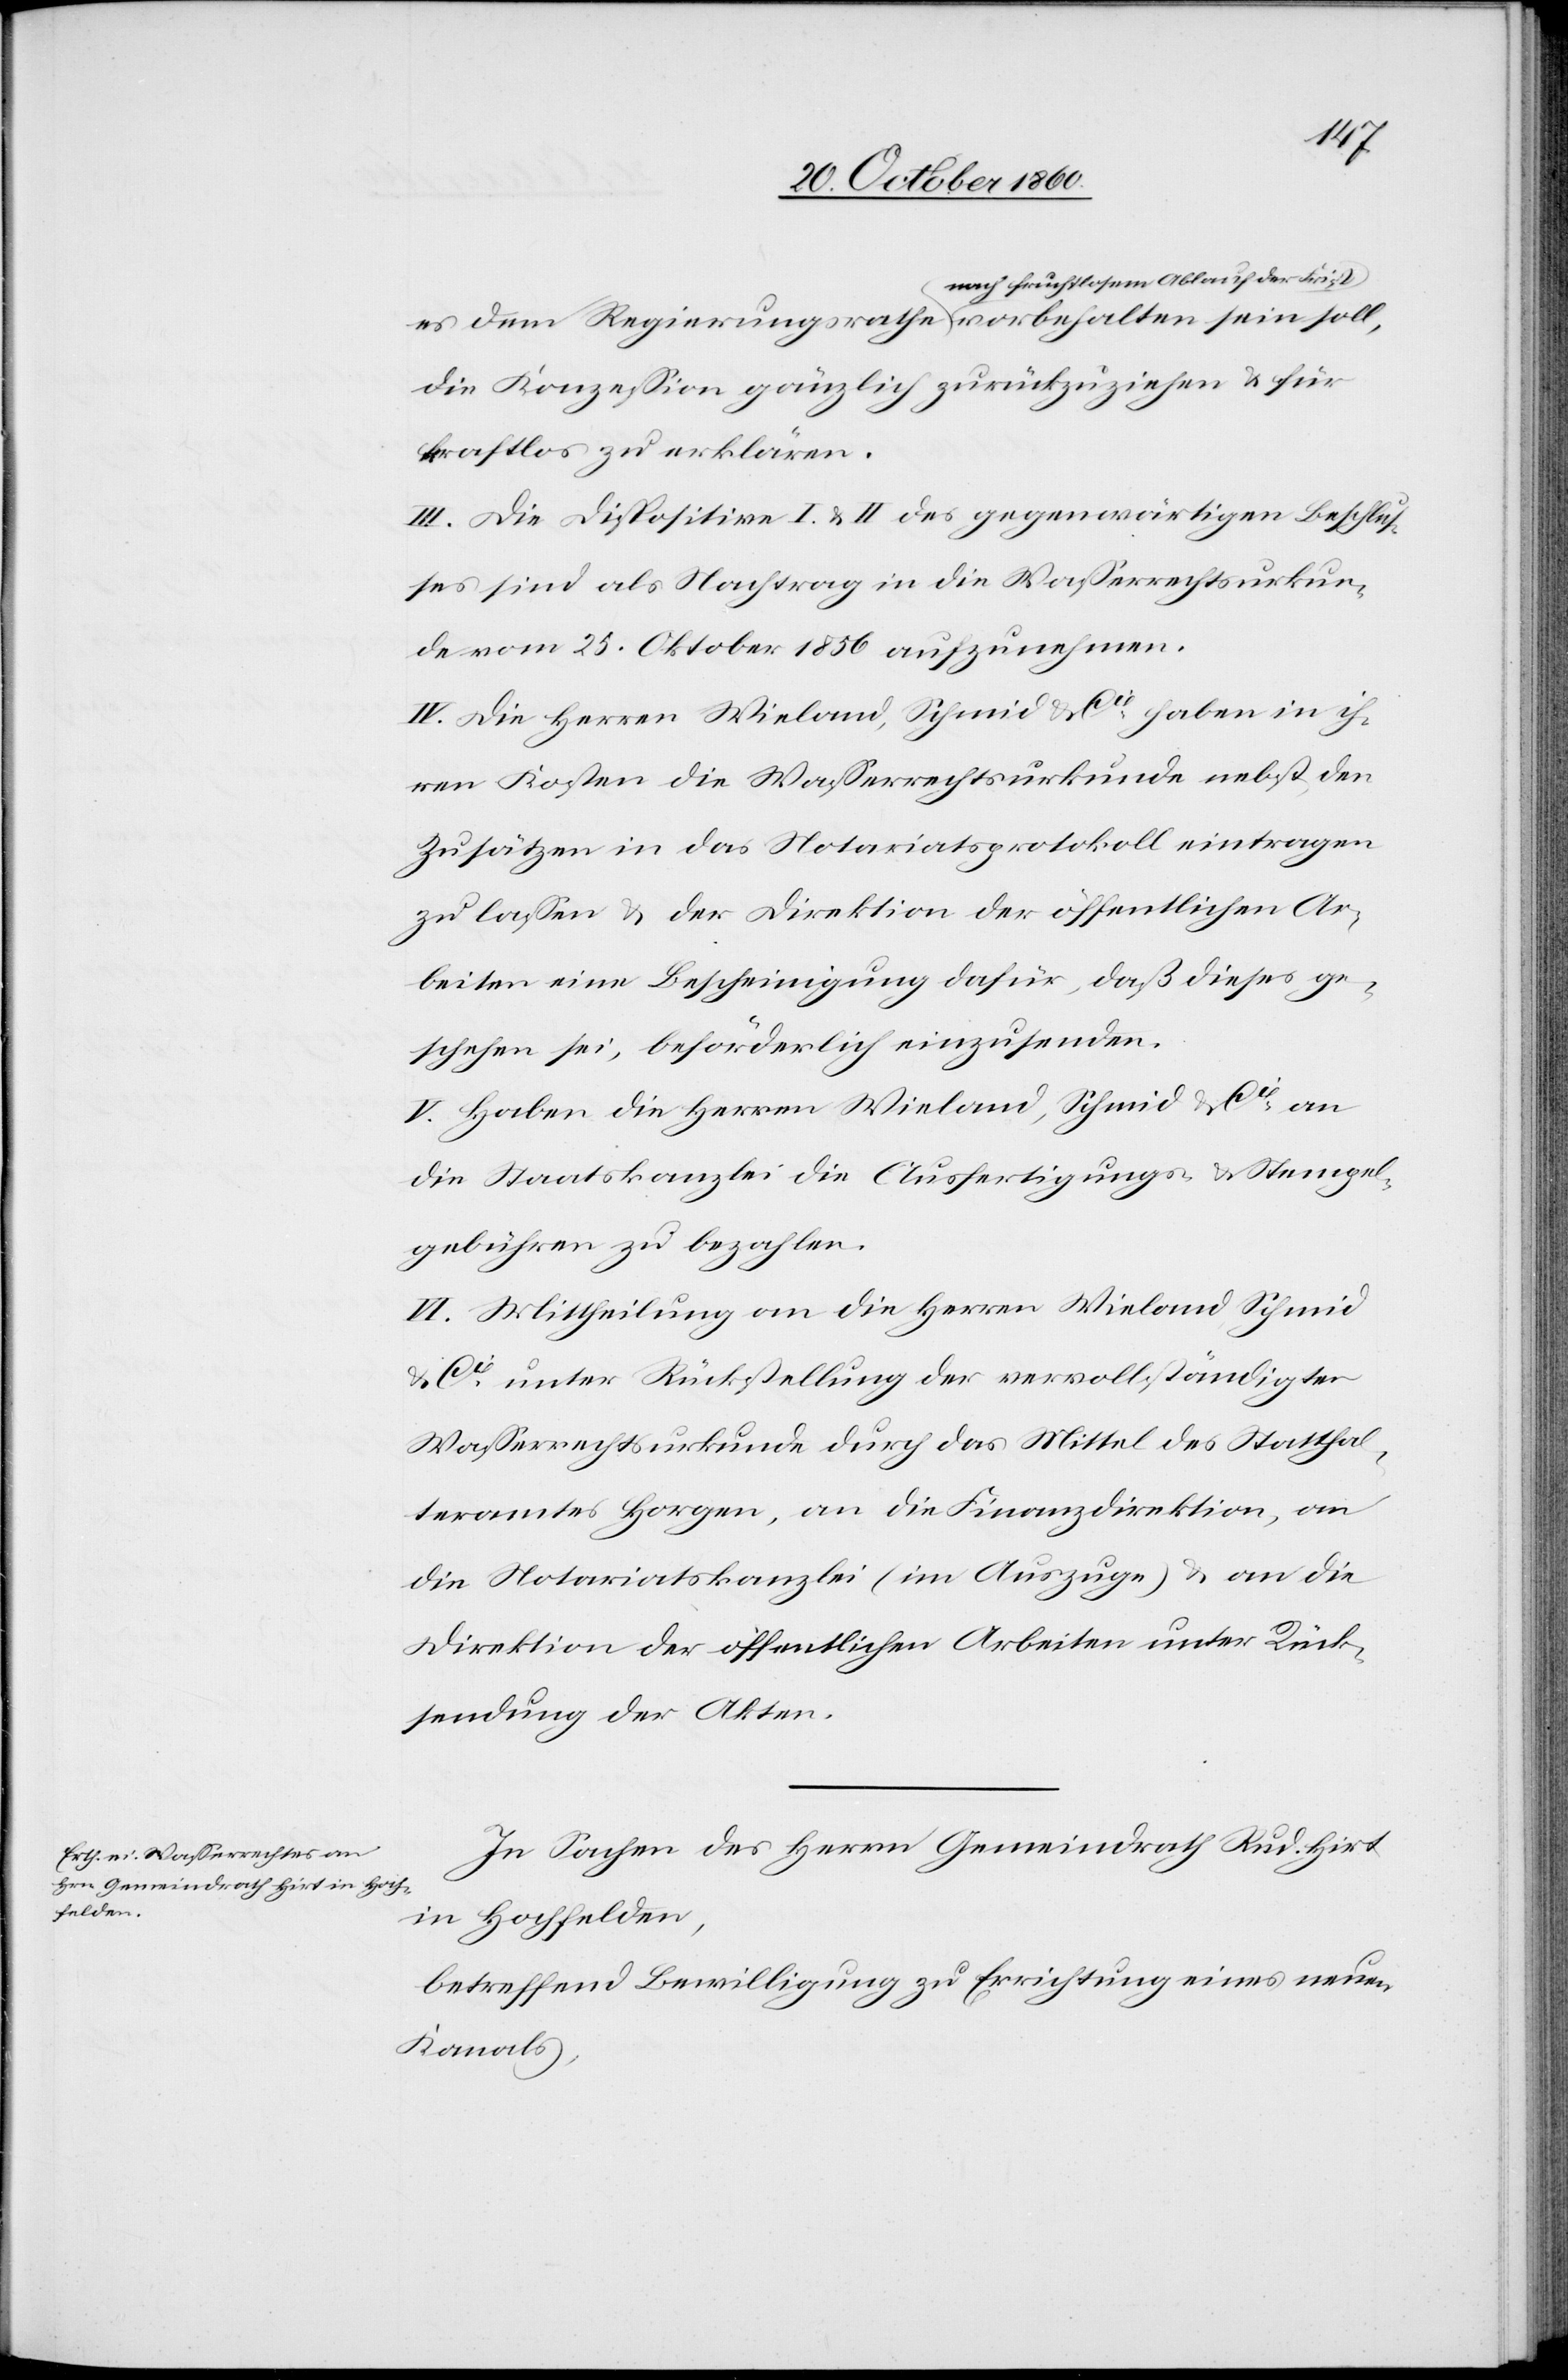
es dem Regierungsrathe nach fruchtlosem Ablauf der
die Konzession gänzlich zurückzuziehen u. für
kraftlos zu erklären.
III. Die Dispositive I. u. II des gegenwärtigen Beschlus¬
ses sind als Nachtrag in die Wasserrechtsurkun¬
de vom 25. Oktober 1856 aufzunehmen.
IV. Die Herren Wieland, Schmid & Cie haben in ih¬
ren Kosten die Wasserrechtsurkunde nebst den
Zusätzen in das Notariatsprotokoll eintragen
zu lassen u. der Direktion der öffentlichen Ar¬
beiten eine Bescheinigung dafür, daß dieses ge¬
schehen sei, beförderlich einzusenden.
V. Haben die Herren Wieland, Schmid & Cie an
die Staatskanzlei die Ausfertigungs- u. Stempel¬
gebühren zu bezahlen.
VI. Mittheilung an die Herren Wieland Schmid
u. Cie unter Rückstellung der vervollständigten
Wasserrechtsurkunde durch das Mittel des Statthal¬
teramtes Horgen, an die Finanzdirektion, an
die Notariatskanzlei (im Auszuge) u. an die
Direktion der öffentlichen Arbeiten unter Rück¬
sendung der Akten.
In Sachen des Herrn Gemeindrath Rud. Hirt
in Hochfelden,
betreffend Bewilligung zu Errichtung eines neuen
Kanals,